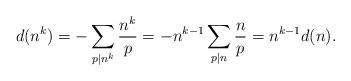
LaTeX: \begin{align*}d(n^k)=-\sum_{p\mid n^k} \frac{n^k}{p}=-n^{k-1}\sum_{p\mid n} \frac{n}{p} =n^{k-1} d(n).\end{align*}